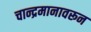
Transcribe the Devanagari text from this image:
चान्द्रमानावरून